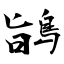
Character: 鴲